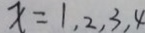
x = 1 , 2 , 3 , 4